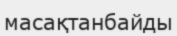
масақтанбайды